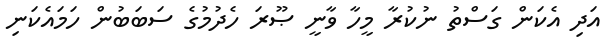
އަދި އެކަން ގަސްތު ނުކުރާ މީހާ ވާނީ ޞޫރަ ހެދުމުގެ ސަބަބުން ހަމައެކަނި